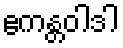
ဧကန္တဝါဒါ